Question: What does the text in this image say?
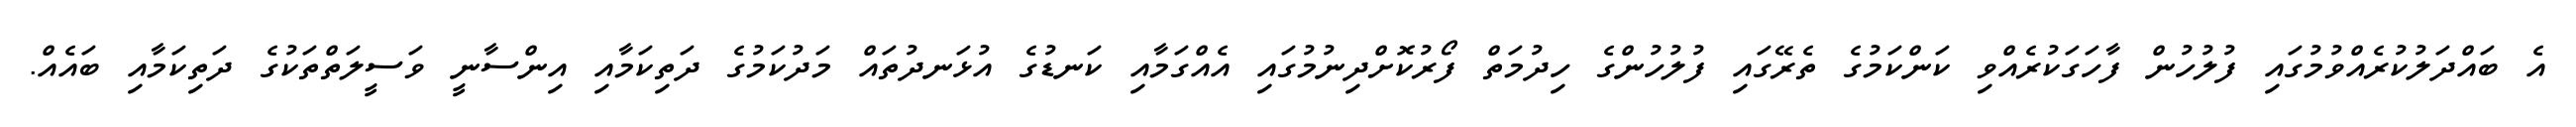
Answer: އެ ބައްދަލުކުރެއްވުމުގައި ފުލުހުން ފާހަގަކުރެއްވި ކަންކަމުގެ ތެރޭގައި ފުލުހުންގެ ހިދުމަތް ފޯރުކޮށްދިނުމުގައި އެއްގަމާއި ކަނޑުގެ އުޅަނދުތައް މަދުކަމުގެ ދަތިކަމާއި އިންސާނީ ވަސީލަތްތަކުގެ ދަތިކަމާއި ބައެއް.